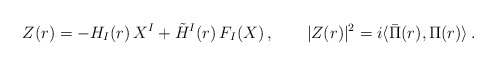
\begin{align*}Z(r)= - H_I(r)\, X^I + \tilde H^I(r)\, F_I(X)\,,\qquad \vert Z(r)\vert^2 = i \langle \bar \Pi(r) ,\Pi(r)\rangle \,. \end{align*}